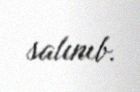
salınıb.